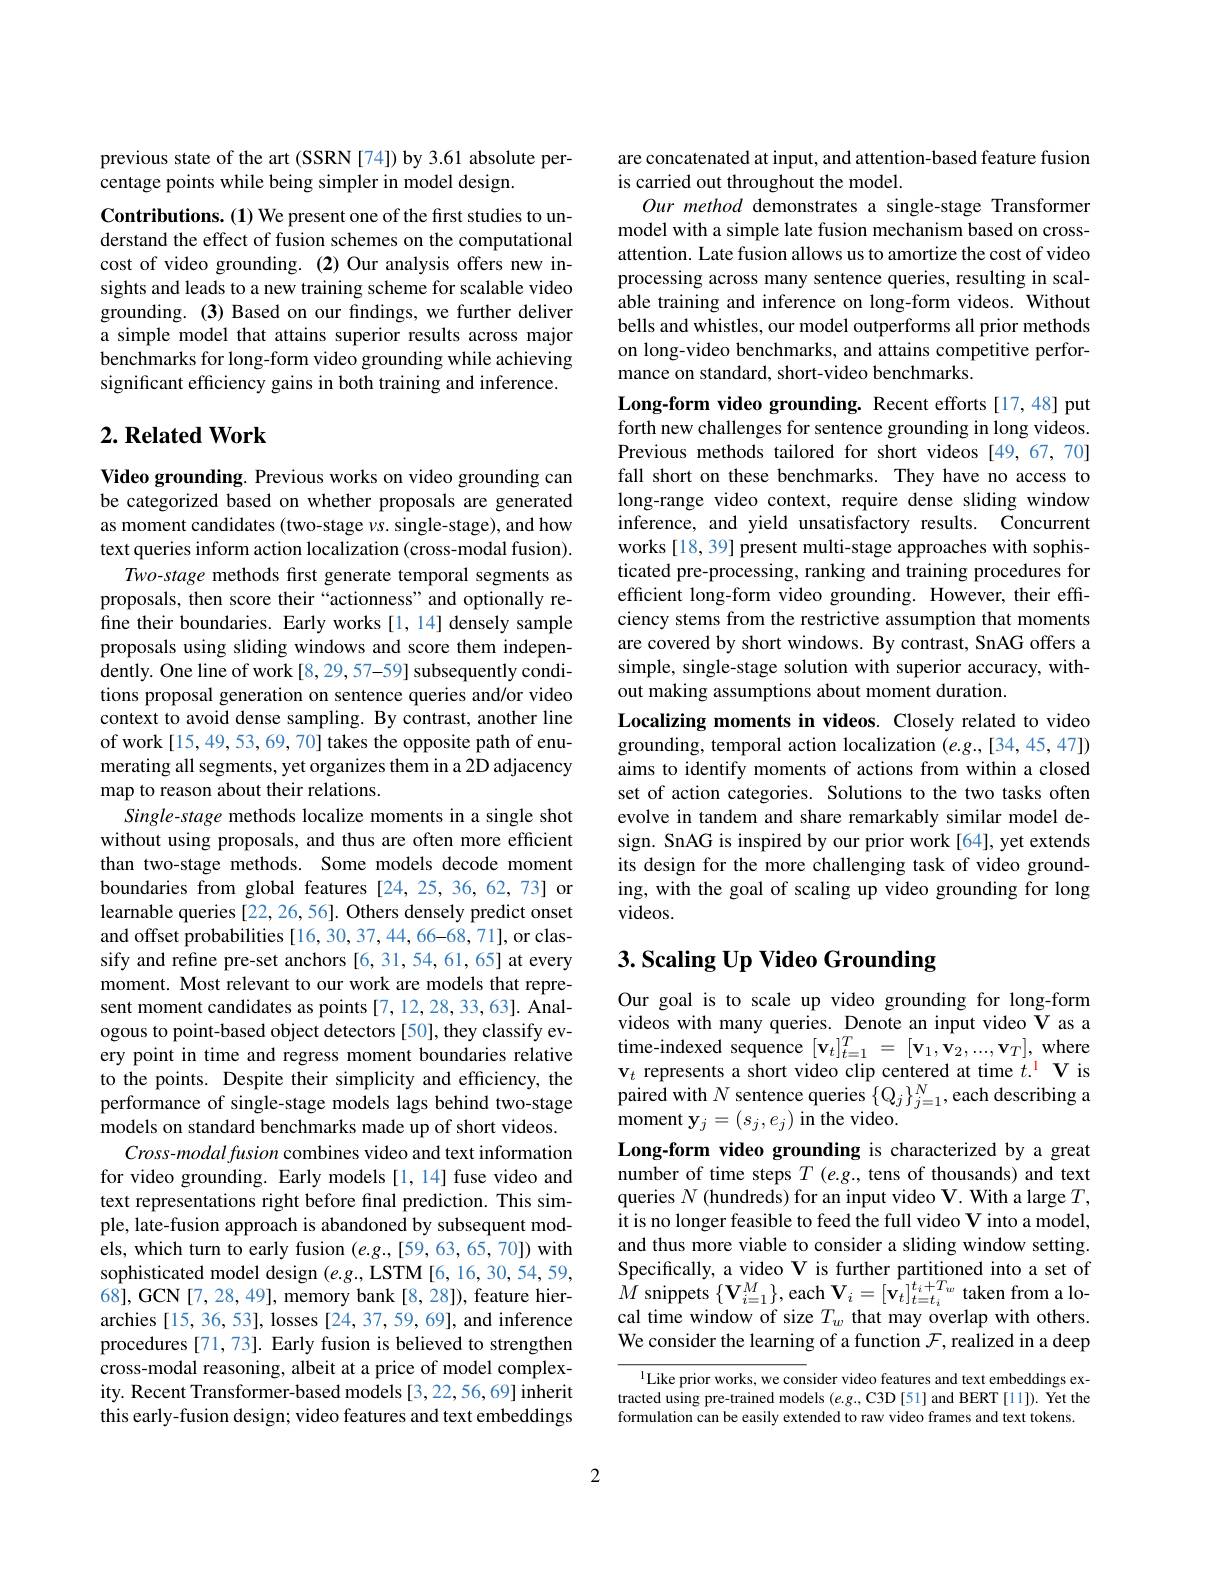
previous state of the art (SSRN [74]) by 3.61 absolute per-
centage points while being simpler in model design.

Contributions. (1) We present one of the first studies to understand the effect of fusion schemes on the computational cost of video grounding. (2) Our analysis offers new insights and leads to a new training scheme for scalable video grounding. (3) Based on our fındings, we further deliver a simple model that attains superior results across major benchmarks for long-form video grounding while achieving significant efficiency gains in both training and inference.

## $2. \textbf{Related Work}$

Video grounding. Previous works on video grounding can be categorized based on whether proposals are generated as moment candidates (two-stage $vs.$ single-stage), and how text queries inform action localization (cross-modal fusion).
Two-stage methods first generate temporal segments as proposals, then score their“actionness”and optionally refine their boundaries. Early works[1,14] densely sample proposals using sliding windows and score them independently. One line of work [8, 29, 57-59] subsequently conditions proposal generation on sentence queries and/or video context to avoid dense sampling. By contrast, another line of work[15,49,53,69,70] takes the opposite path of enumerating all segments, yet organizes them in a 2D adjacency map to reason about their relations.
Single-stage methods localize moments in a single shot without using proposals, and thus are often more efficient than two-stage methods. Some models decode moment boundaries from global features [24,25,36,62,73] or learnable queries [22, 26, 56]. Others densely predict onset and offset probabilities [16, 30, 37, 44, 66-68, 71], or classify and refine pre-set anchors [6,31,54,61,65] at every moment. Most relevant to our work are models that represent moment candidates as points [7,12,28,33,63]. Analogous to point-based object detectors [50], they classify every point in time and regress moment boundaries relative to the points. Despite their simplicity and efficiency, the performance of single-stage models lags behind two-stage models on standard benchmarks made up of short videos.
Cross-modal fusion combines video and text information for video grounding. Early models [1,14] fuse video and text representations right before final prediction. This simple, late-fusion approach is abandoned by subsequent models, which turn to early fusion $(e.g.,[59,63,65,70])$ with sophisticated model design (e.g., LSTM [6,16,30,54,59, 68],GCN[7,28,49], memory bank[8,28]), feature hierarchies [15, 36, 53], losses [24, 37, 59, 69], and inference procedures [71,73]. Early fusion is believed to strengthen cross-modal reasoning, albeit at a price of model complexity. Recent Transformer-based models [3,22,56,69] inherit this early-fusion design; video features and text embeddings

are concatenated at input, and attention-based feature fusion
is carried out throughout the model.
Our method demonstrates a single-stage Transformer model with a simple late fusion mechanism based on crossattention. Late fusion allows us to amortize the cost of video processing across many sentence queries, resulting in scalable training and inference on long-form videos. Without bells and whistles, our model outperforms all prior methods on long-video benchmarks, and attains competitive performance on standard, short-video benchmarks.

Long-form video grounding. Recent efforts[17,48] put forth new challenges for sentence grounding in long videos. Previous methods tailored for short videos [49,67,70] fall short on these benchmarks. They have no access to long-range video context, require dense sliding window inference, and yield unsatisfactory results. Concurrent works [18, 39] present multi-stage approaches with sophisticated pre-processing, ranking and training procedures for efficient long-form video grounding. However, their effciency stems from the restrictive assumption that moments are covered by short windows. By contrast, SnAG offers a simple, single-stage solution with superior accuracy, without making assumptions about moment duration.
Localizing moments in videos. Closely related to video grounding, temporal action localization $(e.g.,[34,45,47])$

aims to identify moments of actions from within a closed set of action categories. Solutions to the two tasks often evolve in tandem and share remarkably similar model design. SnAG is inspired by our prior work[64], yet extends its design for the more challenging task of video grounding, with the goal of scaling up video grounding for long videos.

# $3. \textbf{ Scaling Up Video Grounding}$

Our goal is to scale up video grounding for long-form videos with many queries. Denote an input video $\dot{\mathbf{V}}$ as a time-indexed sequence $[ \mathbf{v} _t] _{t= 1}^T$ = $[ \mathbf{v} _1, \mathbf{v} _2, . . . , \mathbf{v} _T] $, where $\mathbf{v}_{t}$ represents a short video clip centered at time $t. ^{\mathrm{l} }\mathbf{V}$ is paired with $N$ sentence queries $\{\mathbb{Q}_j\}_j=1^N$, each describing a moment $\mathbf{y}_j=(s_j,e_j)$ in the video.
Long-form video grounding is characterized by a great number of time steps $T(e.g.$, tens of thousands) and text queries $N$ (hundreds) for an input video V. With a large $T$, it is no longer feasible to feed the full video V into a model, and thus more viable to consider a sliding window setting. Specifically, a video V is further partitioned into a set of $\hat{M}$ snippets $\{\mathbf{V}_i=1^{M}\}$,each $\mathbf{V}_i=[\hat{\mathbf{v}}_{t}]_{t=t_{i}}^{t_{i}+T_{w}}$ taken from a local time window of size $T_w$ that may overlap with others. We consider the learning of a function $\mathcal{F}$, realized in a deep

$^{1}$Like prior works, we consider video features and text embeddings exformulation can be easily extended to raw video frames and text tokens.

2